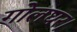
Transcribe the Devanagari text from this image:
गोलघर।